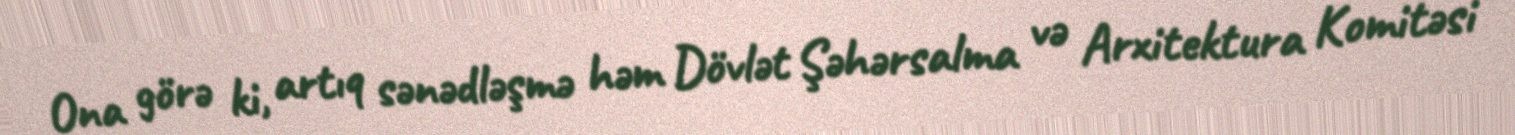
Ona görə ki, artıq sənədləşmə həm Dövlət Şəhərsalma və Arxitektura Komitəsi